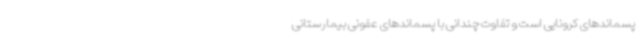
پسماندهای کرونایی‌ است و تفاوت چندانی با پسماندهای عفونی بیمارستانی